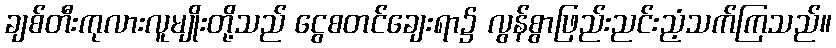
ချစ်တီးကုလားလူမျိုးတို့သည် ငွေစတင်ချေးရာ၌ လွန်စွာဖြည်းညင်းညံ့သက်ကြသည်။